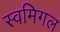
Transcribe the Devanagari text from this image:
स्वमिगल